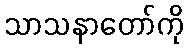
သာသနာတော်ကို